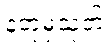
နတုမှသုတ်